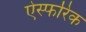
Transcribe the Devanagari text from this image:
ऐस्फरिक